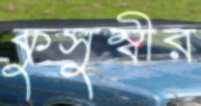
কুসুম্বীর